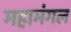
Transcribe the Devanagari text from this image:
महामंगल